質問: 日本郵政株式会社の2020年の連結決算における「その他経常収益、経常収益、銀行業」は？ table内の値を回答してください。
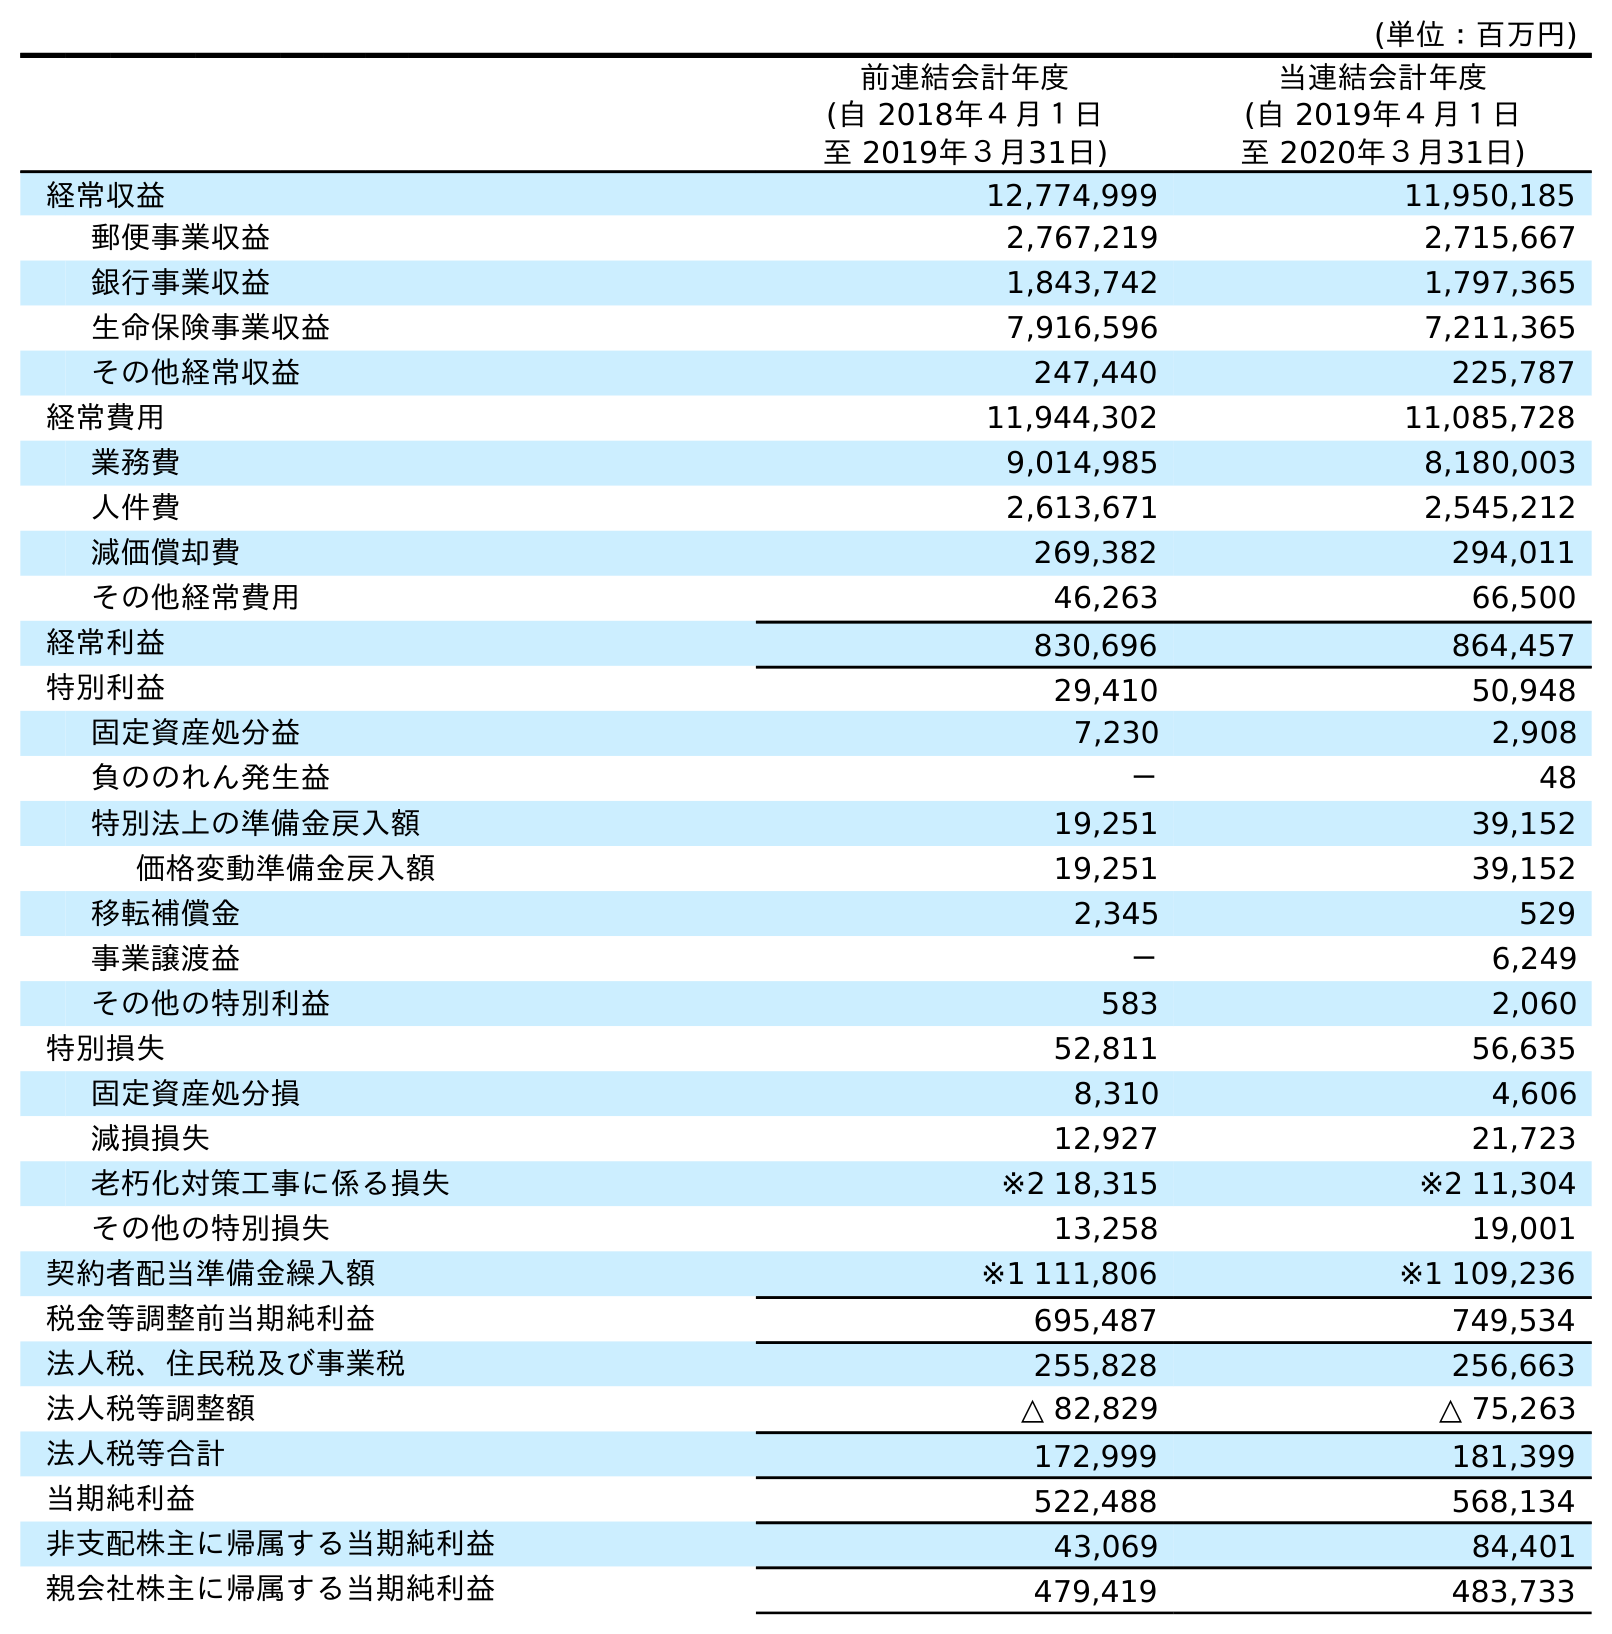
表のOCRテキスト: (単位：百万円) 前連結会計年度 (自 2018年４月１日 至 2019年３月31日) 当連結会計年度 (自 2019年４月１日 至 2020年３月31日) 経常収益 12,774,999 11,950,185 郵便事業収益 2,767,219 2,715,667 銀行事業収益 1,843,742 1,797,365 生命保険事業収益 7,916,596 7,211,365 その他経常収益 247,440 225,787 経常費用 11,944,302 11,085,728 業務費 9,014,985 8,180,003 人件費 2,613,671 2,545,212 減価償却費 269,382 294,011 その他経常費用 46,263 66,500 経常利益 830,696 864,457 特別利益 29,410 50,948 固定資産処分益 7,230 2,908 負ののれん発生益 － 48 特別法上の準備金戻入額 19,251 39,152 価格変動準備金戻入額 19,251 39,152 移転補償金 2,345 529 事業譲渡益 － 6,249 その他の特別利益 583 2,060 特別損失 52,811 56,635 固定資産処分損 8,310 4,606 減損損失 12,927 21,723 老朽化対策工事に係る損失 ※2 18,315 ※2 11,304 その他の特別損失 13,258 19,001 契約者配当準備金繰入額 ※1 111,806 ※1 109,236 税金等調整前当期純利益 695,487 749,534 法人税、住民税及び事業税 255,828 256,663 法人税等調整額 △ 82,829 △ 75,263 法人税等合計 172,999 181,399 当期純利益 522,488 568,134 非支配株主に帰属する当期純利益 43,069 84,401 親会社株主に帰属する当期純利益 479,419 483,733
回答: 225,787